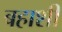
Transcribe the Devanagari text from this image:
बहाशी